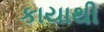
કાયાથી